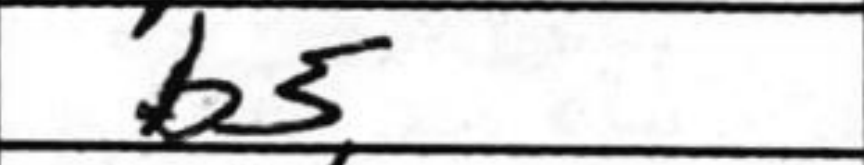
Transcription: b5